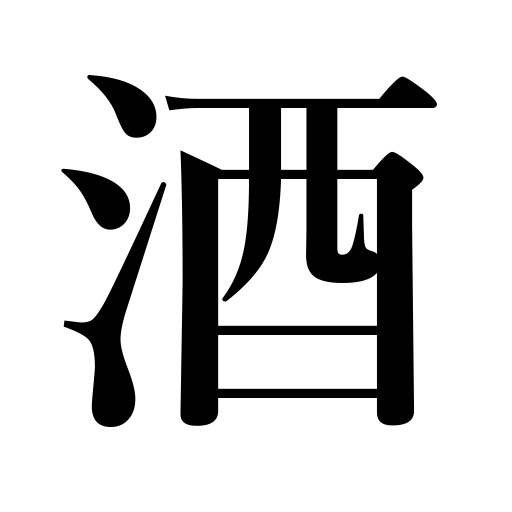
Meanings: alcoholic liquor,sake,rice wine